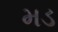
મડ